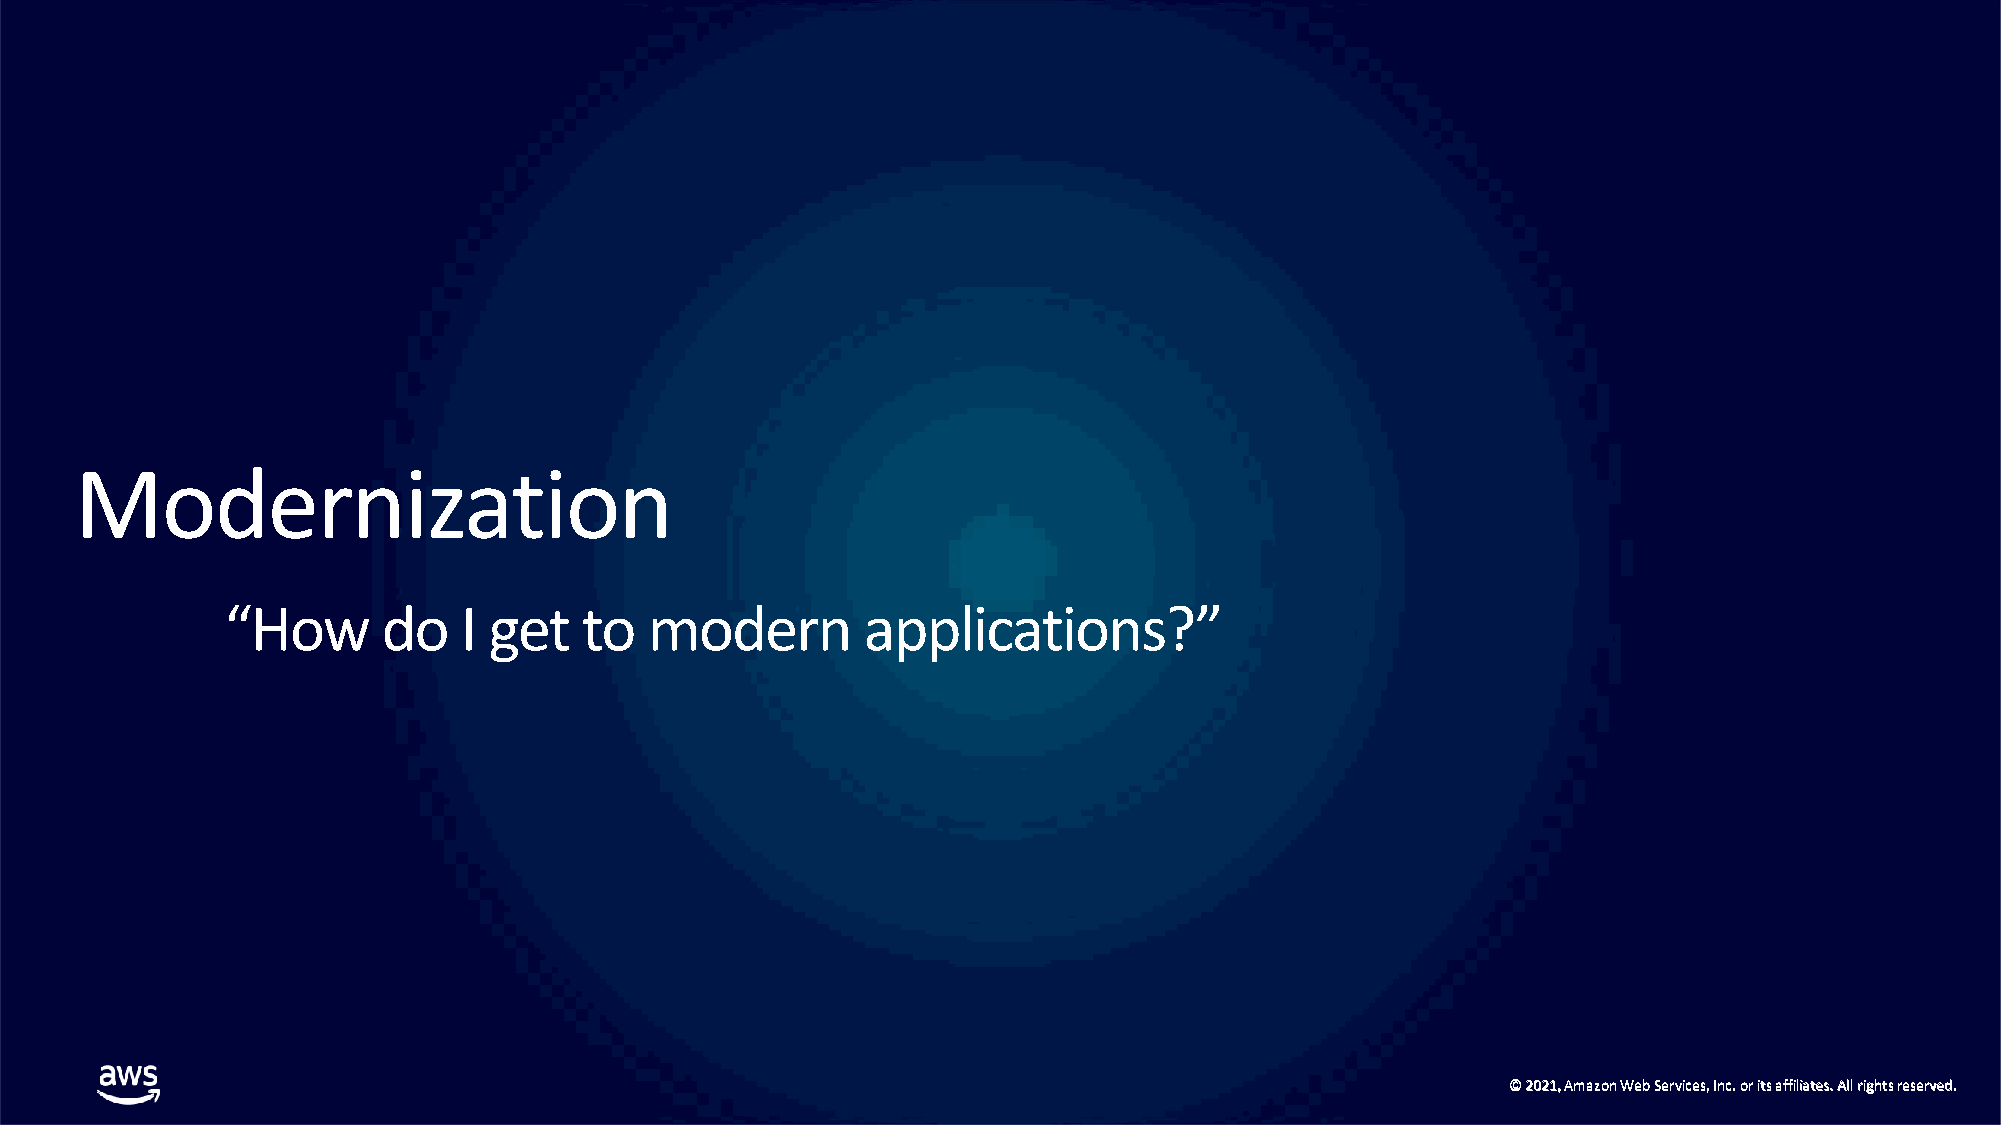
Modernization
 “How      do   I get   to   modern        applications?”
 ©© 22002211,, AAmmaazzoonn WWeebb SSeerrvviicceess,, IInncc.. oorr iittss aaffffiilliiaatteess.. AAllll rriigghhttss rreesseerrvveedd..